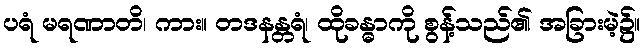
ပရံ မရဏာတိ၊ ကား။ တဒနန္တရံ၊ ထိုခန္ဓာကို စွန့်သည်၏ အခြားမဲ့၌။